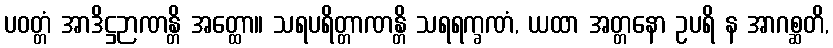
ပဝတ္တံ အာဒိဋ္ဌဉာဏန္တိ အတ္ထော။ သရပရိတ္တာဏန္တိ သရရက္ခဏံ, ယထာ အတ္တနော ဥပရိ န အာဂစ္ဆတိ,